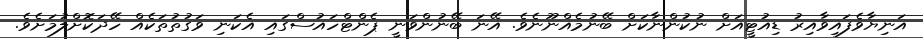
އަނިޔާވެފައިވާއިރު ޑިއުޓީއަށް ނުކުންނާކަށް ބޭނުމެއްނޫނެވެ. އޭނަ ބޭނުންވަނީ ޕެންޓްހައުސްގައި އެކަނި ވަގުތުތަކެއް ހޭދަކޮށްލުމަށެވެ.